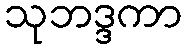
သုဘဒ္ဒကာ